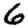
Digit: 6